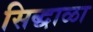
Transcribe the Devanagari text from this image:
सिद्धाळा